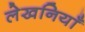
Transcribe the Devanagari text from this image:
लेखनियाँ